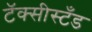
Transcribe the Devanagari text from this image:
टॅक्सीस्टँड